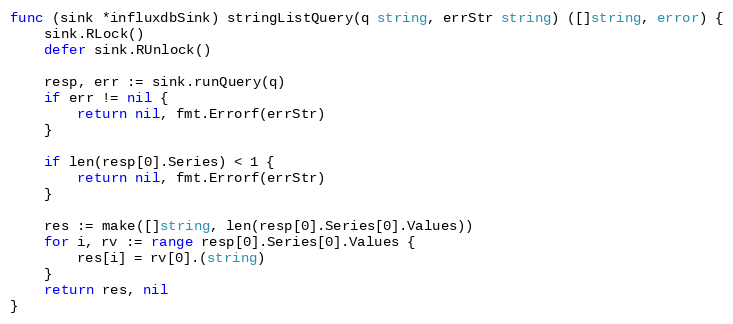
Language: Go
func (sink *influxdbSink) stringListQuery(q string, errStr string) ([]string, error) {
	sink.RLock()
	defer sink.RUnlock()

	resp, err := sink.runQuery(q)
	if err != nil {
		return nil, fmt.Errorf(errStr)
	}

	if len(resp[0].Series) < 1 {
		return nil, fmt.Errorf(errStr)
	}

	res := make([]string, len(resp[0].Series[0].Values))
	for i, rv := range resp[0].Series[0].Values {
		res[i] = rv[0].(string)
	}
	return res, nil
}